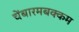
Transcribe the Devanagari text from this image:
चेंबारमबक्कम